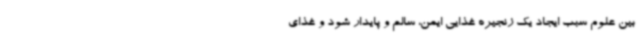
بین علوم سبب ایجاد یک زنجیره غذایی ایمن، سالم و پایدار شود و غذای